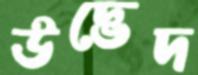
উদ্ভেদ